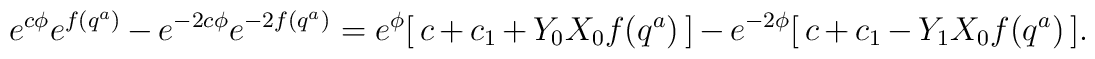
e^{ c \phi} e^{f(q^{a})} - e^{-2 c \phi } e^{-2 f(q^{a})} =  e^{\phi} [\,c+ c_{1} + Y_{0}X_{0} f(q^{a}) \,] - e^{-2 \phi} [\, c + c_{1}- Y_{1}X_{0} f(q^{a}) \,] .